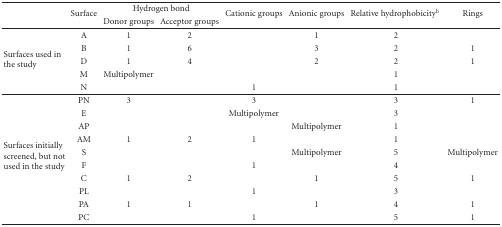
<table><thead><tr><td rowspan="2"></td><td rowspan="2"><b>Surface</b></td><td colspan="2"><b>Hydrogen bond</b></td><td><b>Cationic groups</b></td><td rowspan="2"><b>Anionic groups</b></td><td rowspan="2"><b>Relative hydrophobicity<sup>b</sup></b></td><td rowspan="2"><b>Rings</b></td></tr><tr><td><b>Donor groups</b></td><td><b>Acceptor groups</b></td></tr></thead><tbody><tr><td rowspan="5">Surfaces used in the study</td><td>A</td><td>1</td><td>2</td><td> </td><td>1</td><td>2</td><td> </td></tr><tr><td>B</td><td>1</td><td>6</td><td> </td><td>3</td><td>2</td><td>1</td></tr><tr><td>D</td><td>1</td><td>4</td><td> </td><td>2</td><td>2</td><td>1</td></tr><tr><td>M</td><td>Multipolymer</td><td> </td><td> </td><td> </td><td>1</td><td> </td></tr><tr><td>N</td><td> </td><td> </td><td>1</td><td> </td><td>1</td><td> </td></tr><tr><td rowspan="10">Surfaces initially screened, but not used in the study</td><td>PN</td><td>3</td><td> </td><td>3</td><td> </td><td>3</td><td>1</td></tr><tr><td>E</td><td> </td><td> </td><td>Multipolymer</td><td> </td><td>3</td><td> </td></tr><tr><td>AP</td><td> </td><td> </td><td> </td><td>Multipolymer</td><td>1</td><td> </td></tr><tr><td>AM</td><td>1</td><td>2</td><td>1</td><td> </td><td>1</td><td> </td></tr><tr><td>S</td><td> </td><td> </td><td> </td><td>Multipolymer</td><td>5</td><td>Multipolymer</td></tr><tr><td>F</td><td> </td><td> </td><td>1</td><td> </td><td>4</td><td> </td></tr><tr><td>C</td><td>1</td><td>2</td><td> </td><td>1</td><td>5</td><td>1</td></tr><tr><td>PL</td><td> </td><td> </td><td>1</td><td> </td><td>3</td><td> </td></tr><tr><td>PA</td><td>1</td><td>1</td><td> </td><td>1</td><td>4</td><td>1</td></tr><tr><td>PC</td><td> </td><td> </td><td>1</td><td> </td><td>5</td><td>1</td></tr></tbody></table>